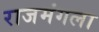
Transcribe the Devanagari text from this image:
राजमंगला